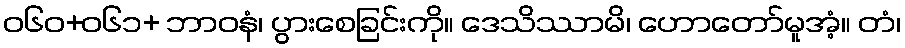
ဝ၆၀+၀၆၁+ ဘာဝနံ၊ ပွားစေခြင်းကို။ ဒေသိဿာမိ၊ ဟောတော်မူအံ့။ တံ၊